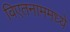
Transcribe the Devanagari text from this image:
विएतनाममध्ये